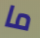
ما